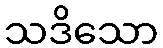
သဒိသော